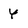
Character: y